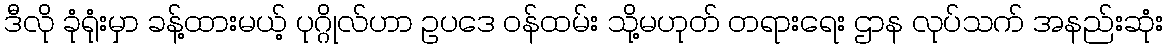
ဒီလို ခုံရုံးမှာ ခန့်ထားမယ့် ပုဂ္ဂိုလ်ဟာ ဥပဒေ ဝန်ထမ်း သို့မဟုတ် တရားရေး ဌာန လုပ်သက် အနည်းဆုံး